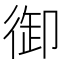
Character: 御